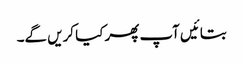
بتائیں آپ پھر کیا کریں گے۔